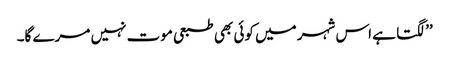
’’لگتا ہے اس شہر میں کوئی بھی طبعی موت نہیں مرے گا۔